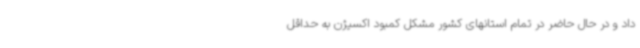
داد و در حال حاضر در تمام استانهای کشور مشکل کمبود اکسیژن به حداقل